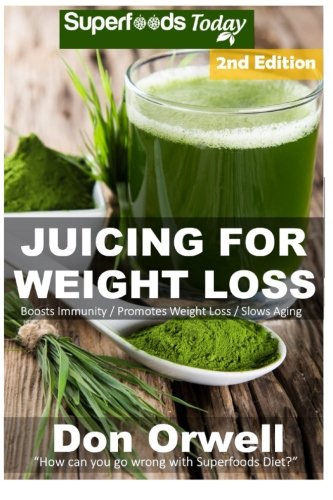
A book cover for Juicing For Weight Loss: 75+ Juicing Recipes for Weight Loss, Juices Recipes,Juicer Recipes Book, Juicer Books,Juicer Recipes,Juice Recipes, Juice ... recipes weight loss) (Volume 100); Don Orwell; Cookbooks, Food & Wine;